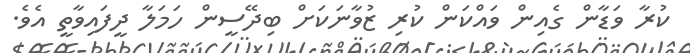
ކުރާ ވަޑާން ގެއިން ވައްކަން ކުރި ޒުވާނަކަށް ބިދޭސީން ހަމަލާ ދީފައިވާތީ އެވެ.